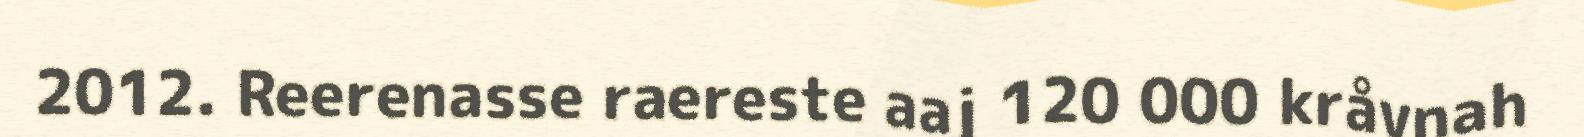
2012. Reerenasse raereste aaj 120 000 kråvnah